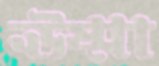
ঊষ্মা